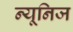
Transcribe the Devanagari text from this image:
न्यूनिज